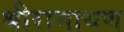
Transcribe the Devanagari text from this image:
श्रीरामायण